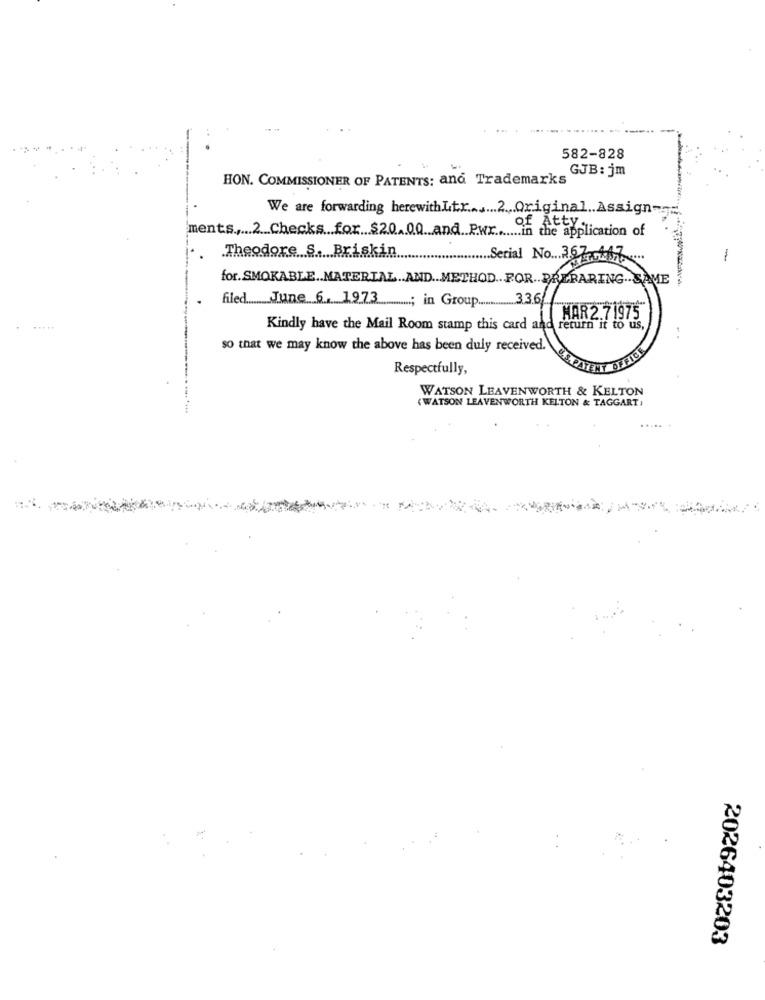
582-828
GJB: jm
HON. COMMISSIONER OF PATENTS: and Trademarks
We are forwarding herewithLtr. 2 Original Assign-
ments, 2 Checks for $20,00 and Pwr. in the appli
Of AttY Lication of
Theodore. S. Briskin
... Serial No ... 367.447
-
for. SMOKABLE .. MATERIAL .. AND .. METHOD .. FOR. BRERARING .. SAME
filed .......... June 6. 1973. ...........; in Group ............ 3.3.6/
HAR2.71975
Kindly have the Mail Room stamp this card and return it to us,
so that we may know the above has been duly received.
OFFICE
Respectfully,
WATSON LEAVENWORTH & KELTON
(WATSON LEAVENWORTH KELTON & TAGGART ,
2026403203